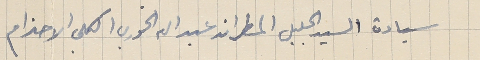
سيادة السيد الجليل المطران عبدالله الخوري الكلي الاحترام